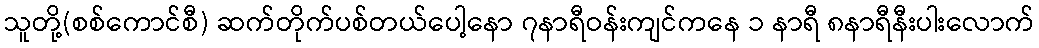
သူတို့(စစ်ကောင်စီ) ဆက်တိုက်ပစ်တယ်ပေါ့နော ၇နာရီဝန်းကျင်ကနေ ၁ နာရီ ၈နာရီနီးပါးလောက်